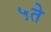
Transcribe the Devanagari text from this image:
५ते